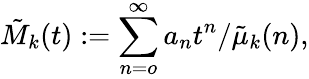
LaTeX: \tilde{M}_{k}(t):=\sum_{n=o}^{\infty}a_{n}t^{n}/\tilde{\mu}_{k}(n),